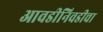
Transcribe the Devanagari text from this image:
आवडीनिवडीचा